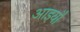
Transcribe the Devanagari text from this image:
आइयौ